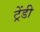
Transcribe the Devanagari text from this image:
ट्रेंडी